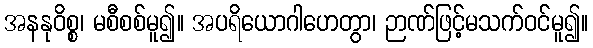
အနနုဝိစ္စ၊ မစီစစ်မူ၍။ အပရိယောဂါဟေတွာ၊ ဉာဏ်ဖြင့်မသက်ဝင်မူ၍။